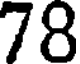
78